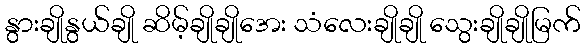
နွားချိုနွယ်ချို ဆိမ့်ချိုချိုအေး သံလေးချိုချို သွေးချိုချိုမြက်